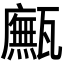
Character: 𤮢